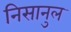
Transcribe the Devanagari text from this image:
निसानुल